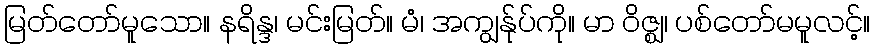
မြတ်တော်မူသော။ နရိန္ဒ၊ မင်းမြတ်။ မံ၊ အကျွန်ုပ်ကို။ မာ ဝိဇ္ဈ၊ ပစ်တော်မမူလင့်။